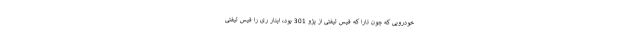
خودرویی که چون تارا که فیس لیفتی از پژو 301 بود، اینار ری را فیس لیفتی